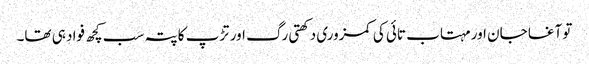
تو آغا جان اور مہتاب تائی کی کمزوری دکھتی رگ اور تڑپ کا پتہ سب کچھ فواد ہی تھا۔